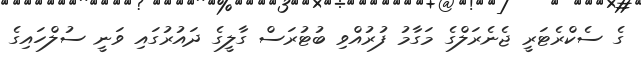
ގެ ސެކްރެޓަރީ ޖެނެރަލްގެ މަގާމު ފުރުއްވި ބުޓުރަސް ގާލީގެ ދައުރުގައި ވަނީ ސުލްހައިގެ